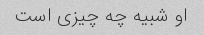
او شبیه چه چیزی است